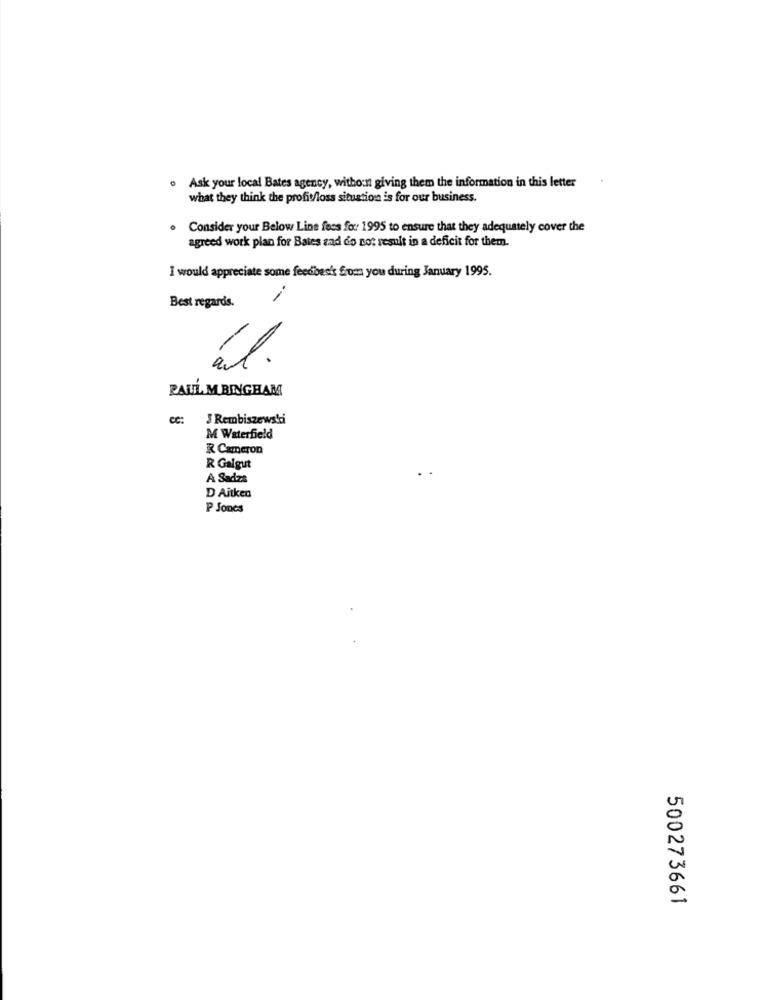
. Ask your local Bates agency, without giving them the information in this letter
what they think the profit/loss situation is for our business.
. Consider your Below Line fees for 1995 to ensure that they adequately cover the
agreed work plan for Bates zad do not result in a deficit for them.
I would appreciate some feedbesk from you during January 1995.
Best regards.
al.
PAUL M BINGHAM
cc:
J Rembiszewska
M Waterfield
R Cameron
R Galgut
A Sadzs
D Aitken
P Jones
500273661